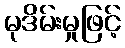
မုဒိမ်းမှုဖြင့်